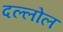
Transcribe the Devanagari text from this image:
दल्लोल